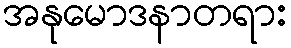
အနုမောဒနာတရား